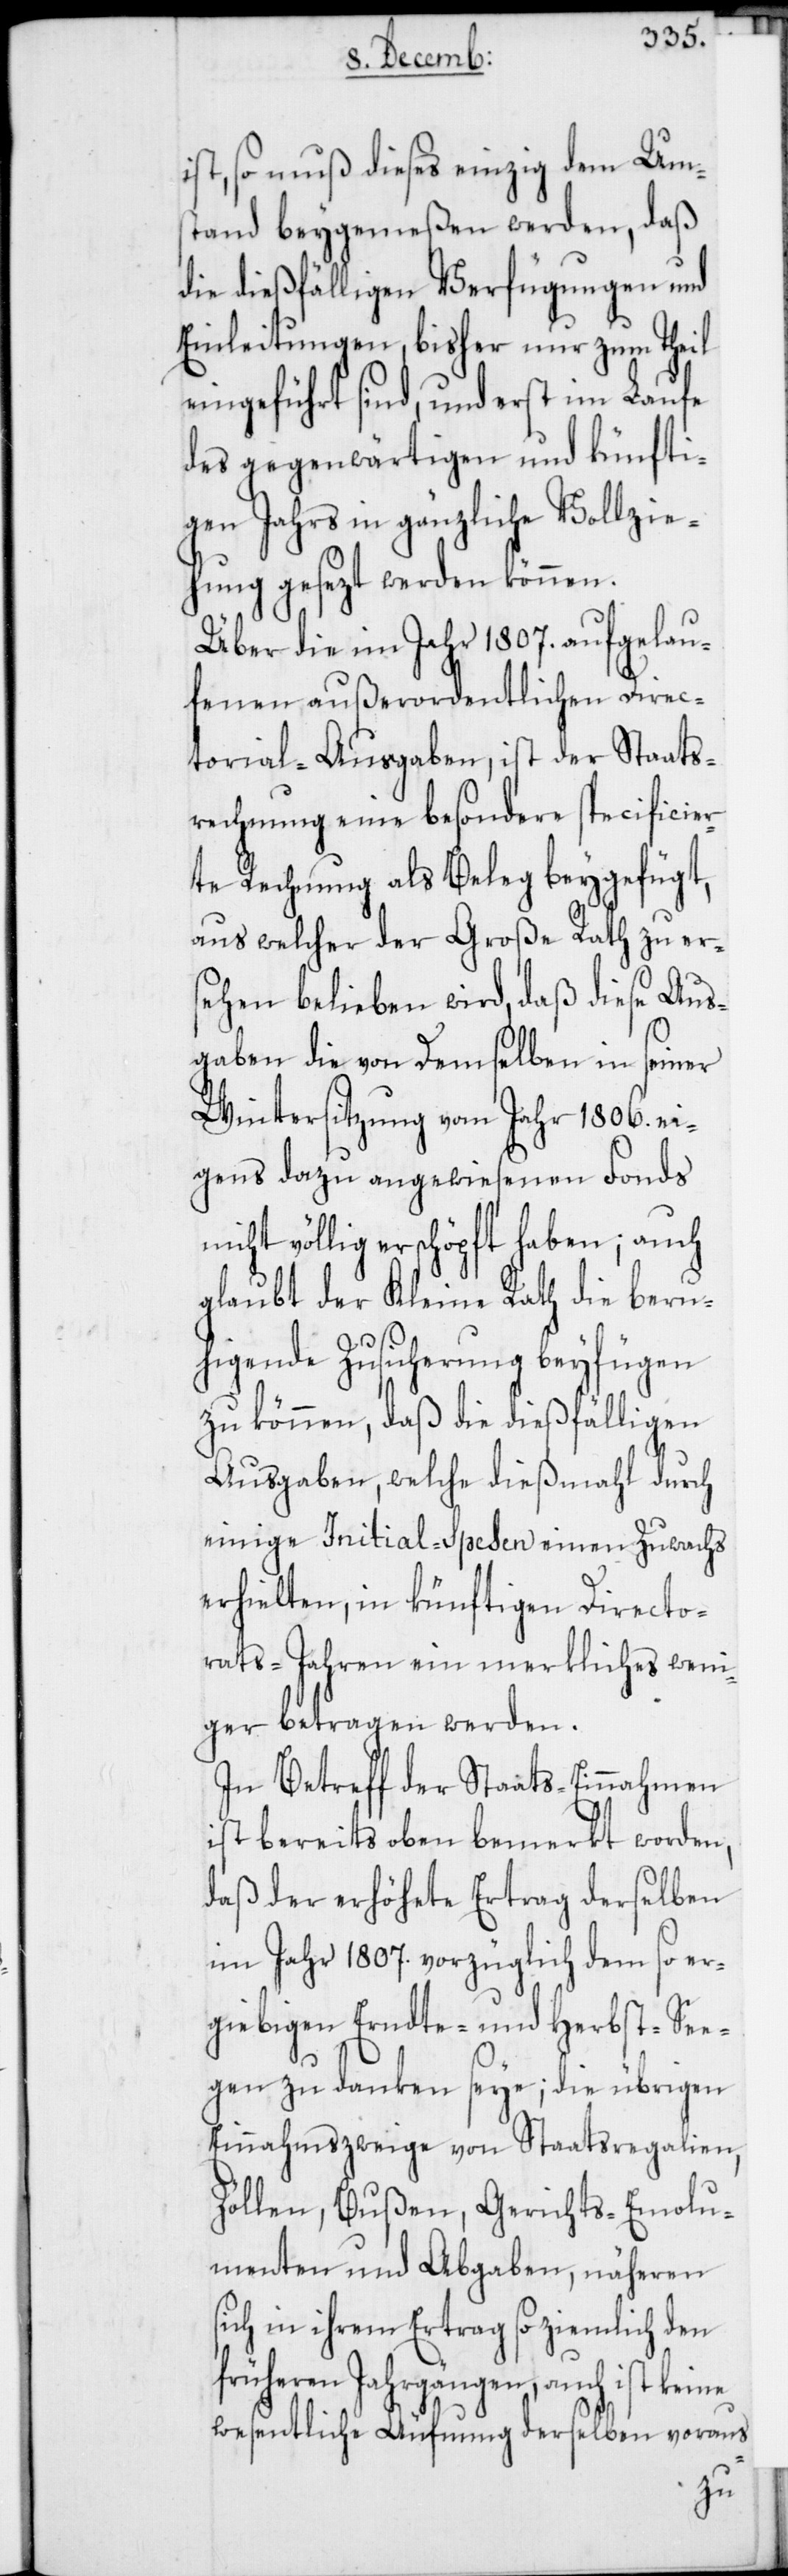
ist, so muß dieses einzig dem Um¬
stand beygemeßen werden, daß
die dießfälligen Verfügungen und
Einleitungen, bisher nur zum Theil
eingeführt sind, und erst im Laufe
des gegenwärtigen und künfti¬
gen Jahrs in gänzliche Vollzie¬
hung gesezt werden können.
Über die im Jahr 1807. aufgelau¬
fenen außerordentlichen Direc¬
torial-Ausgaben, ist der Staats¬
rechnung eine besondere specificier¬
te Rechnung als Beleg beygefügt,
aus welcher der Große Rath zu er¬
sehen belieben wird, daß diese Aus¬
gaben die von demselben in seiner
Wintersitzung vom Jahr 1806. ei¬
gens dazu angewiesenen Fonds
nicht völlig erschöpft haben; auch
glaubt der Kleine Rath die beru¬
higende Zusicherung beyfügen
zu können, daß die dießfälligen
Ausgaben, welche dießmahl durch
einige Initial-Spesen einen Zuwachs
erhielten, in künftigen Directo¬
rats-Jahren ein merkliches weni¬
ger betragen werden.
In Betreff der Staats-Einnahmen
ist bereits oben bemerkt worden,
daß der erhöhete Ertrag derselben
im Jahr 1807. vorzüglich dem so er¬
giebigen Erndte- und Herbst-See¬
gen zu danken seye; die übrigen
Einnahmszweige von Staatsregalien,
Zöllen, Bußen, Gerichts-Emolu¬
menten und Abgaben, näheren
sich in ihrem Ertrag so ziemlich den
früheren Jahrgängen, auch ist keine
wesentliche Äufnung derselben voraus-